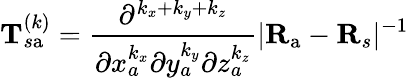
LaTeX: \mathbf{T}_{s\mathrm{a}}^{(k)}=\frac{\partial^{k_{x}+k_{y}+k_{z}}}{\partial x_{a}^{k_{x}}\partial y_{a}^{k_{y}}\partial z_{a}^{k_{z}}}|\mathbf{R}_{\mathrm{a}}-\mathbf{R}_{s}|^{-1}